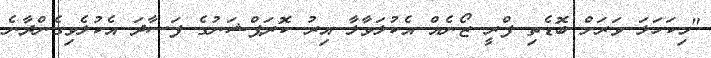
"މިކަހަލަ ވަރަށް ބޮޑެތި ފްރީ ޒޯނެއް އެކުލަވާލާ އިރު ކޮރަޕްޝަނުގެ ފަސާދަ އެކުލެވިގެންދާނެ